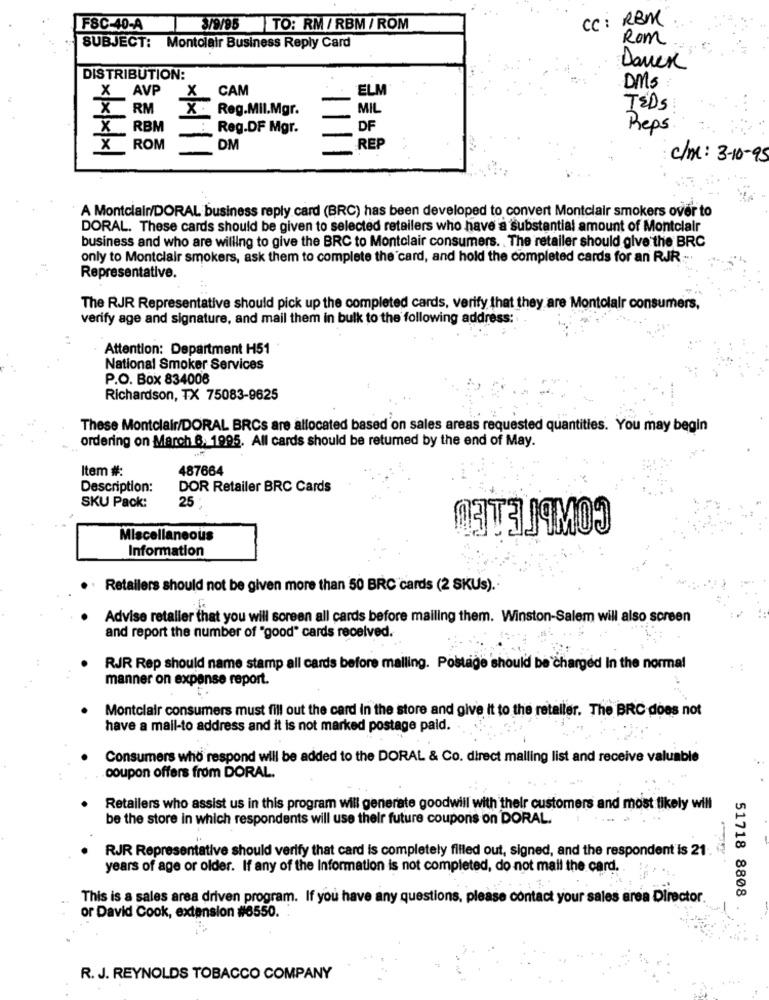
CC: RBM
FSC-40-A
3/9/95 TO: RM / RBM / ROM
Rom
SUBJECT: Montolair Business Reply Card
Dauer
DISTRIBUTION:
DMS
AVP
CAM
ELM
X
RM
Reg.MII.Mgr.
MIL
TEDS
X
RBM
Reg.DF Mgr.
DF
Reps
X
ROM
1
DM
REP
c/M: 3-10- 95
A Montclair/DORAL business reply card (BRC) has been developed to convert Montclair smokers over to
DORAL. These cards should be given to selected retailers who have a substantial amount of Montclair
business and who are willing to give the BRC to Montclair consumers. . The retailer should give the BRC
only to Montclair smokers, ask them to complete the card, and hold the completed cards for an RJR .-..
Representative.
The RJR Representative should pick up the completed cards, verify that they are Montolalr consumers,
verify age and signature, and mail them in bulk to the following address:
Attention: Department H51
National Smoker Services
P.O. Box 834006
Richardson, TX 75083-9625
These Montclair/DORAL BRCs are allocated based on sales areas requested quantities. You may begin
ordering on March 6, 1995. All cards should be returned by the end of May.
Item #:
487664
Description:
DOR Retailer BRC Cards
25
SKU Pack:
ПЗТЗ ЛЯМОЭ
Miscellaneous
Information
Retailers should not be given more than 50 BRC cards (2 SKUs).
Advise retailer that you will soreen all cards before mailing them. Winston-Salem will also screen
and report the number of "good" cards received.
RJR Rep should name stamp all cards before malling. Postage should be charged In the normal
manner on expense report.
Montclair consumers must fill out the card in the store and give it to the retailer. The BRC does not
have a mail-to address and it is not marked postage paid.
Consumers who respond will be added to the DORAL & Co. direct mailing list and receive valuable
coupon offers from DORAL.
Retailers who assist us in this program will generate goodwill with their customers and most likely will
be the store in which respondents will use their future coupons on DORAL.
RJR Representative should verify that card is completely filled out, signed, and the respondent is 21.
years of age or older. If any of the Information is not completed, do not mail the card.
This is a sales area driven program. If you have any questions, please contact your sales area Director.
51718 8808
or David Cook, extension #6550.
R. J. REYNOLDS TOBACCO COMPANY
......